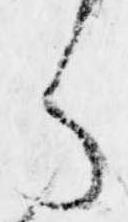
ら